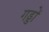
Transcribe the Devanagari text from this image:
गड्डों